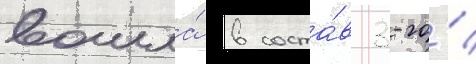
вошла́ в соста́в 3-го́